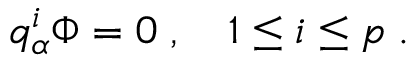
q _ { \alpha } ^ { i } \Phi = 0 \; , \quad 1 \leq i \leq p \; .